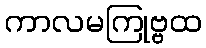
ကာလမကြုဗ္ဗထ